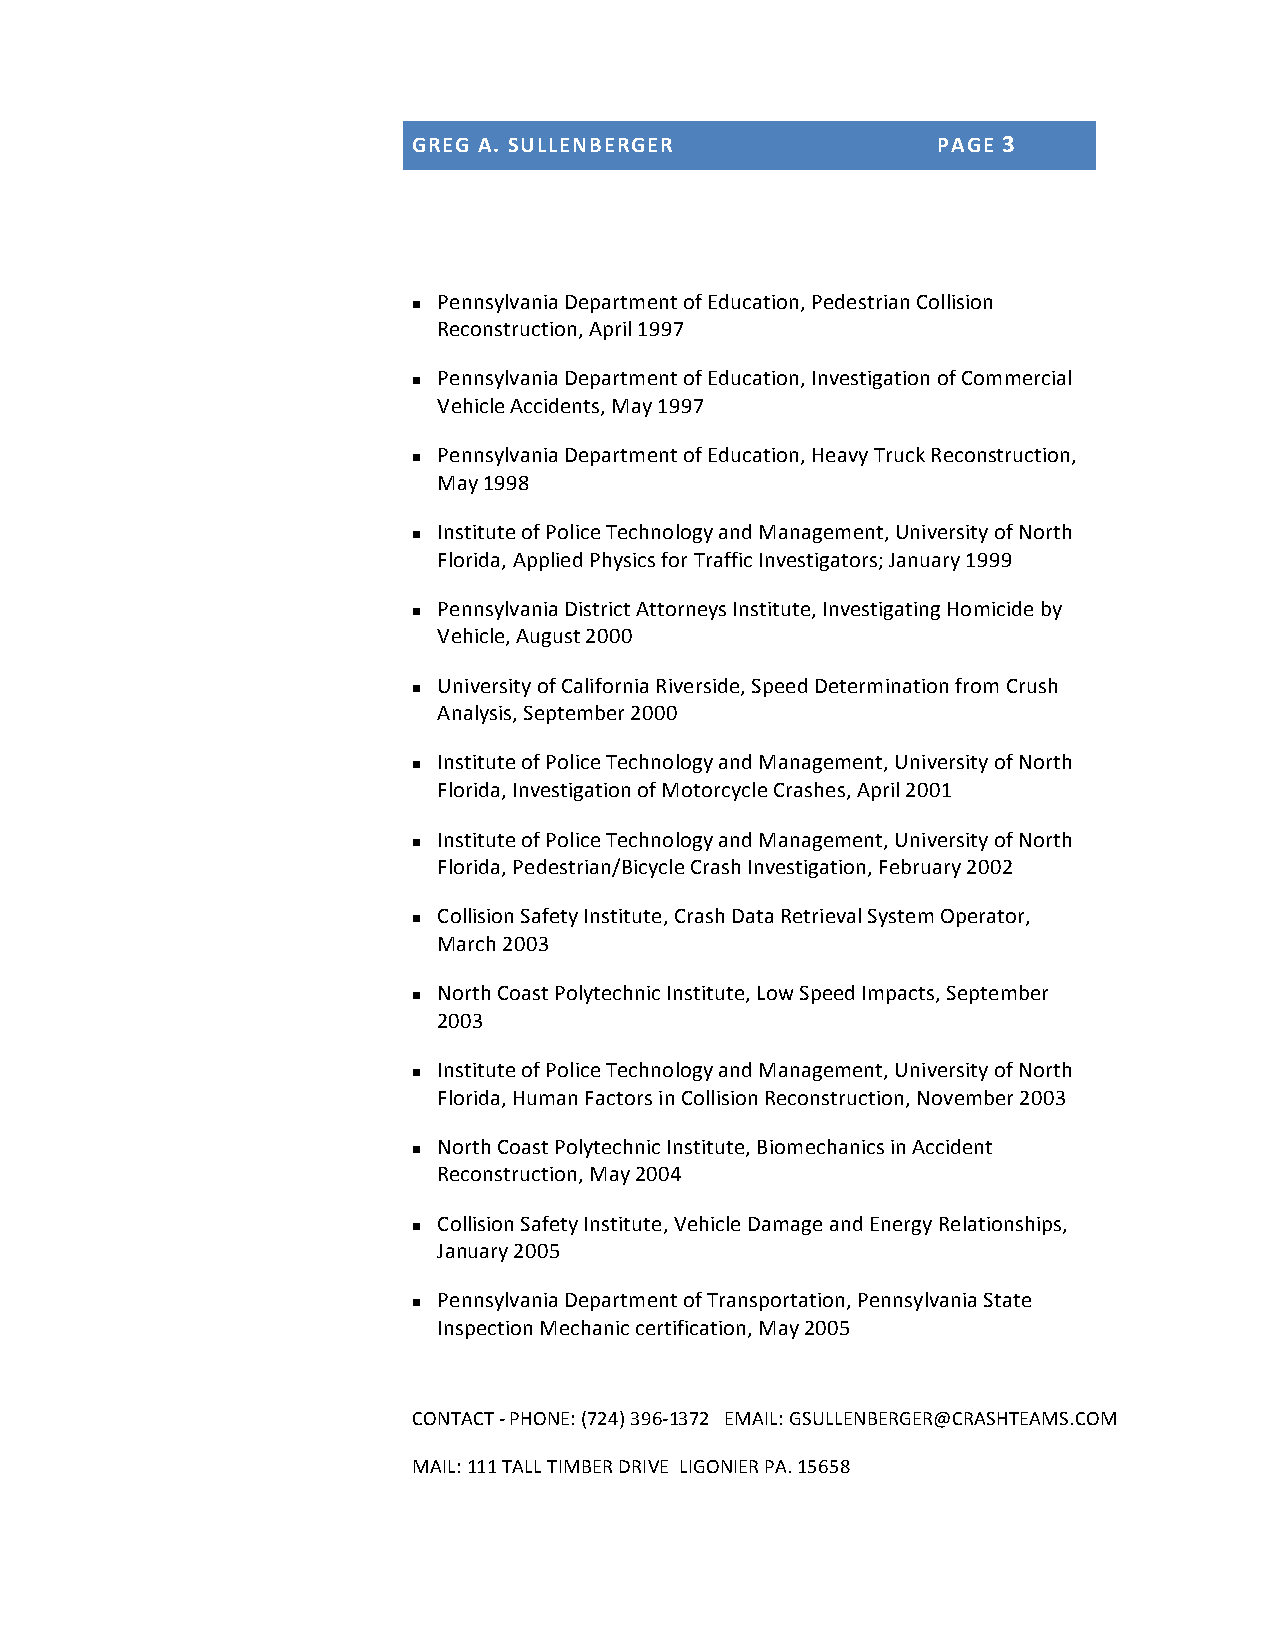
GREG A. SULLENBERGER               PAGE 3
 Pennsylvania Department of Education, Pedestrian Collision
 n
 Reconstruction, April 1997
 Pennsylvania Department of Education, Investigation of Commercial
 n
 Vehicle Accidents, May 1997
 Pennsylvania Department of Education, Heavy Truck Reconstruction,
 n
 May 1998
 Institute of Police Technology and Management, University of North
 n
 Florida, Applied Physics for Traffic Investigators; January 1999
 Pennsylvania District Attorneys Institute, Investigating Homicide by
 n
 Vehicle, August 2000
 University of California Riverside, Speed Determination from Crush
 n
 Analysis, September 2000
 Institute of Police Technology and Management, University of North
 n
 Florida, Investigation of Motorcycle Crashes, April 2001
 Institute of Police Technology and Management, University of North
 n
 Florida, Pedestrian/Bicycle Crash Investigation, February 2002
 Collision Safety Institute, Crash Data Retrieval System Operator,
 n
 March 2003
 North Coast Polytechnic Institute, Low Speed Impacts, September
 n
 2003
 Institute of Police Technology and Management, University of North
 n
 Florida, Human Factors in Collision Reconstruction, November 2003
 North Coast Polytechnic Institute, Biomechanics in Accident
 n
 Reconstruction, May 2004
 Collision Safety Institute, Vehicle Damage and Energy Relationships,
 n
 January 2005
 Pennsylvania Department of Transportation, Pennsylvania State
 n
 Inspection Mechanic certification, May 2005
 CONTACT -­‐ PHONE: (724) 396-­‐1372 EMAIL: GSULLENBERGER@CRASHTEAMS.COM
 MAIL: 111 TALL TIMBER DRIVE LIGONIER PA. 15658